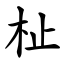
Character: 杫